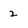
Character: 2